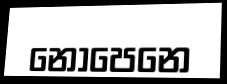
නොපෙනෙ